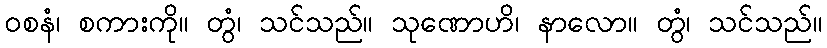
ဝစနံ၊ စကားကို။ တွံ၊ သင်သည်။ သုဏောဟိ၊ နာလော။ တွံ၊ သင်သည်။